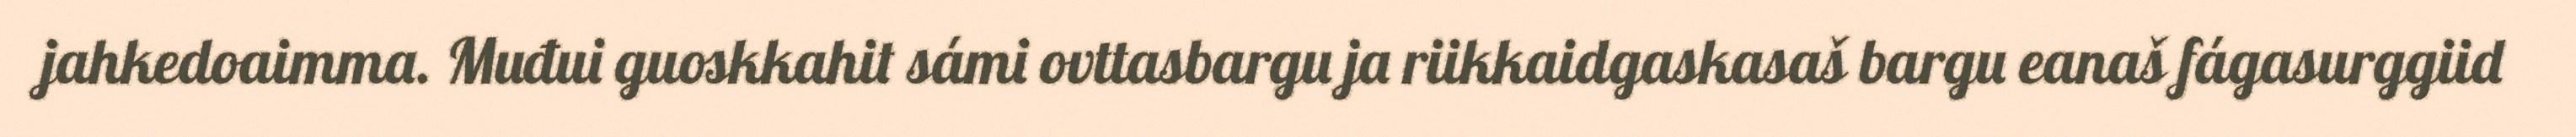
jahkedoaimma. Muđui guoskkahit sámi ovttasbargu ja riikkaidgaskasaš bargu eanaš fágasurggiid